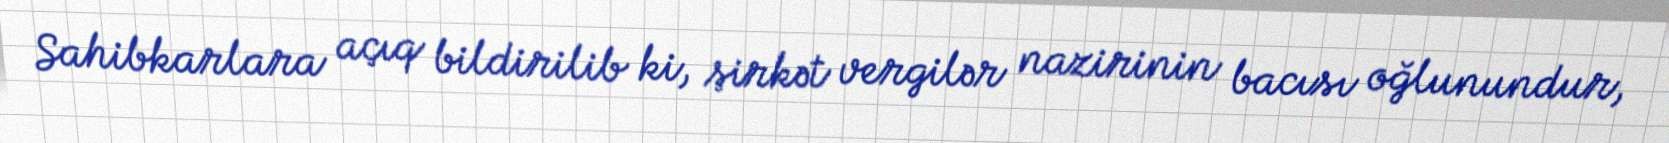
Sahibkarlara açıq bildirilib ki, şirkət vergilər nazirinin bacısı oğlunundur,